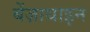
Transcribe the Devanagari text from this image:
बेंज़ाथाइन